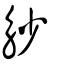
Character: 觘